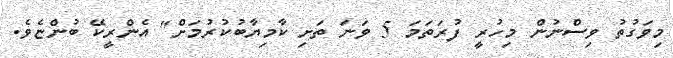
މިވަގުތު ވިސްނުން މިހުރީ ފުރަތަމަ 5 ވަނަ ތަށި ކާމިޔާބުކުރުމަށް" އެންރީކޭ ބުންޏެވެ.